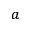
^ a